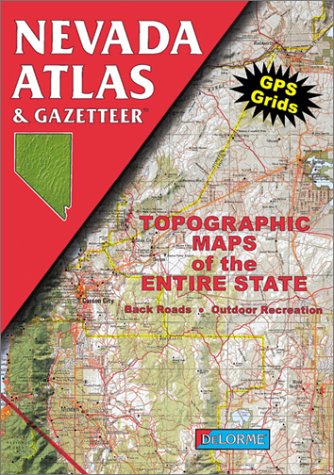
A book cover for Nevada Atlas & Gazetteer; Delorme; Travel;